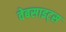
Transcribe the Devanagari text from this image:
वेबसाइट्‌स